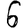
Digit: 6